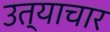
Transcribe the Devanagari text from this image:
उत्याचार